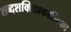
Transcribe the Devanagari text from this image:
शब्दशक्तिप्रकाशिका